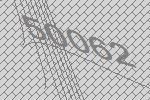
50062